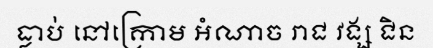
ធ្លាប់ នៅក្រោម អំណាច រាជ វង្ស ជិន